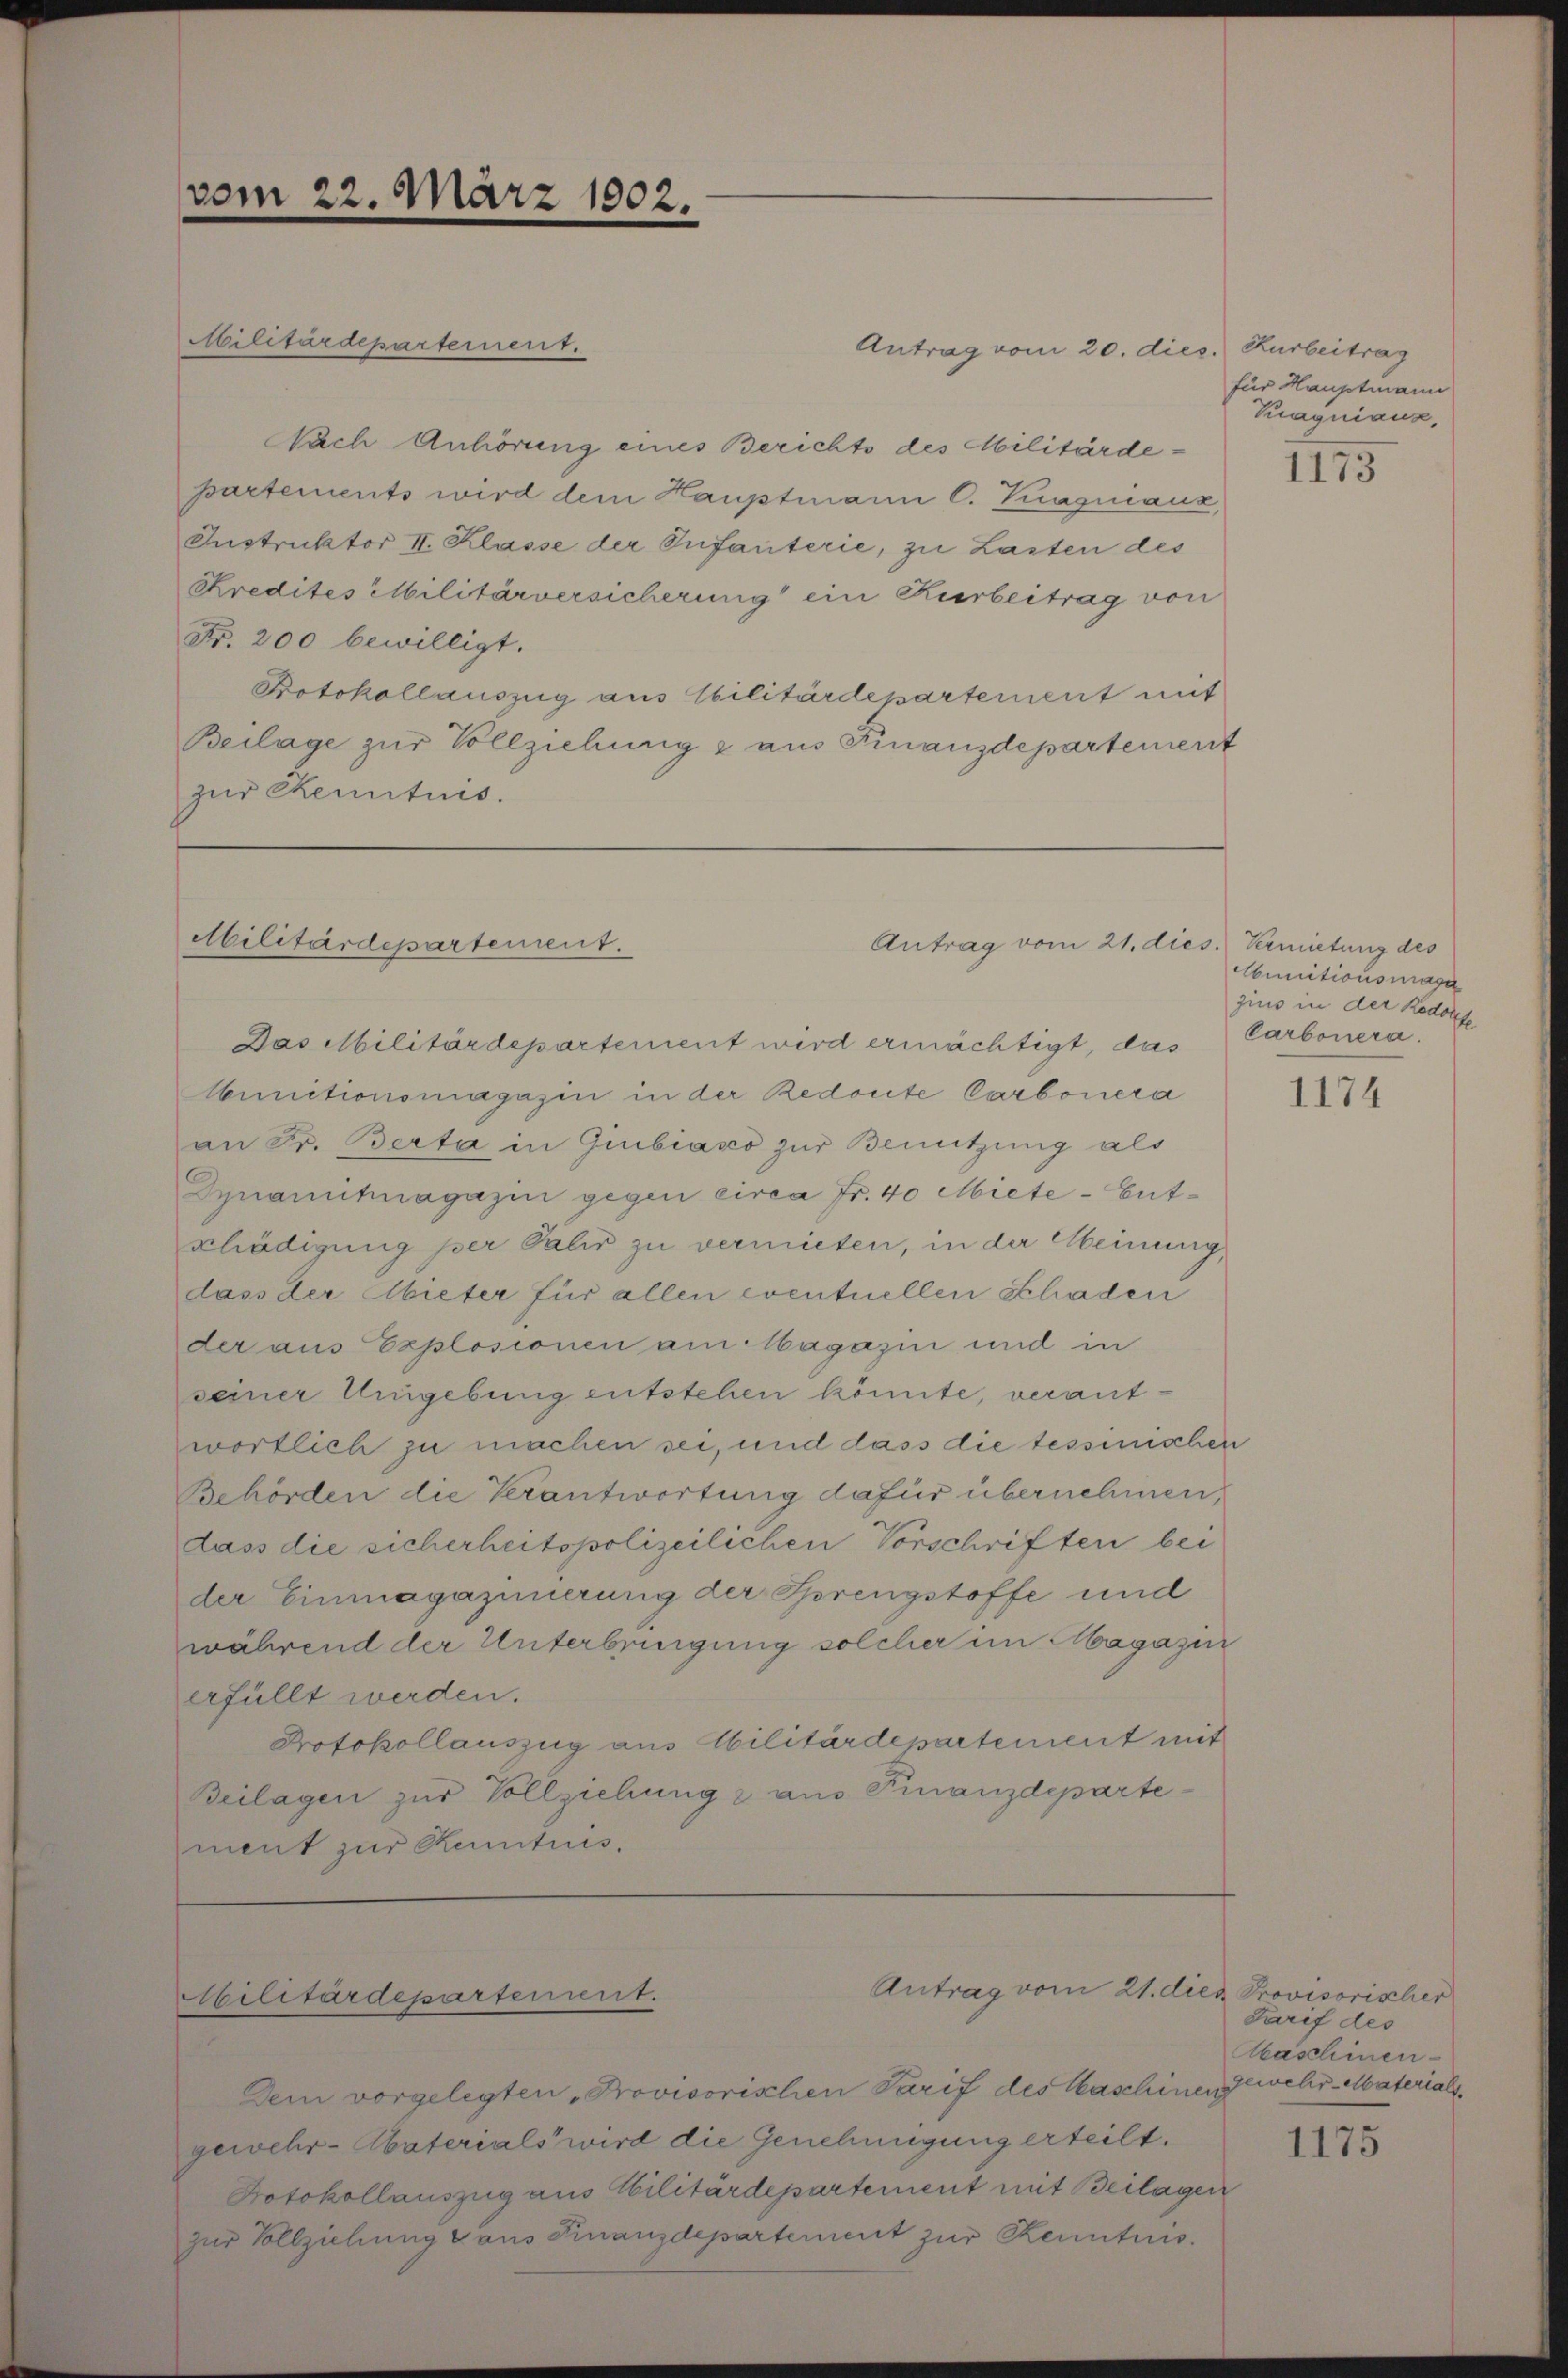
vom 22. März 1802.

Militärdepartement.

Militärdepartement.
Antrag vom 20. dies. Kurbeitrag
Nach Anhörung eines Berichts des Militärdepartements wird dem Hauptmann C. Kasniaux,
Instruktor II. Klasse der Infanterie, zu Lasten des
Kredites Militärversicherung ein Kerbeitrag von
Fr. 200 bewilligt.
Potokollauszug aus Ebilitärdepartement mit
Beilage zur Vollziehung & aus Finanzdepartement
zur Kenntnis.

Abilitärdepartement.

Antrag vom 21. dies. Vermietung des

Antrag vom 21. dies Provisorischer

Das Militärdepartement wird ermächtigt, das
Aunitionsmagazin in der Redoute Carbonera
an Fr. Berta in Gubiasco zur Benützung als
Synanuhnagazin gegen circa Fr. 40 Miete - Ent¬
Erhädigung per Talić zu vermieten, in der Meinung,
dass der Abieter für allen eventuellen Schaden
der aus Explosionen am Magazin und in
seiner Umgebung entstehen könnte, verantwortlich zu machen sei, und dass die tessinischen
Behörden die Verantwortung dafür übernehmen,
dass die sicherheitspolizeilichen Vorschriften bei
der Einmagazinerung der Sprengstoffe und
während der Unterbringung solcher im Magazin
erfüllt werden.
Protokollauszug aus Abilitärdepartement mit
Beilagen zur Vollziehung 2 aus Finanzdepartement zur Kentnis.

Dem vorgelegten „Provisorischen Tarif des Waschinen
gewehr-Abaterials wird die Genehmigung erteilt.
Potokollauszug aus Militärdepartement mit Beilagen
zur Vollziehung dans Finanzdepartement zur Kenntnis.

für Hauptmann
Kraquiaux.

1175

bunitionsmaga
zius in der Redoute
Carbonera

1174

Tarif des
Kaschinen
gewehr-Materials

1175